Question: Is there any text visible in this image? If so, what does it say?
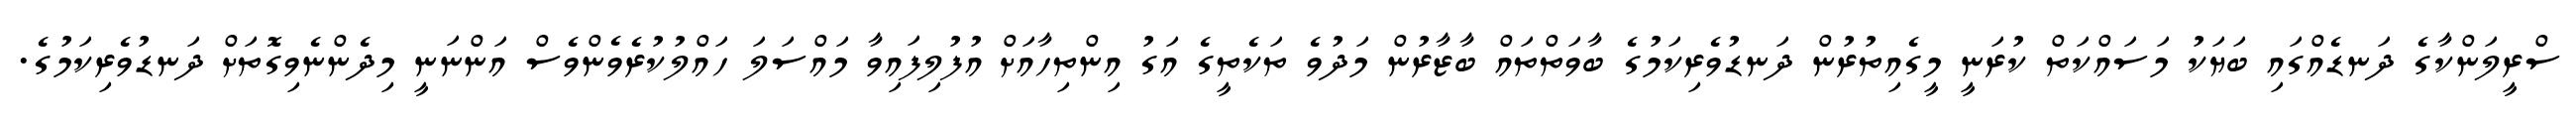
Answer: ސްރީލަންކާގެ ދަނޑެއްގައި ބަޔަކު މަސައްކަތް ކުރަނީ މީގެއިތުރުން ދަނޑުވެރިކަމުގެ ބާވަތްތައް ބާޒާރުން މަދުވެ ތަކެތީގެ އަގު އިންތިހާއަށް އުފުލިފައިވާ މައްސަލަ ހައްލުކުރެވެންވެސް އަންނަނީ މިދެންނެވިގޮތަށް ދަނޑުވެރިކަމުގެ.